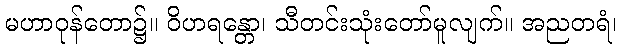
မဟာဝုန်တော၌။ ဝိဟရန္တော၊ သီတင်းသုံးတော်မူလျက်။ အညတရံ၊